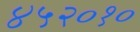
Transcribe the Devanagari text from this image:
४५२०१०